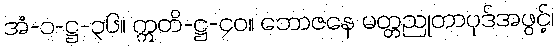
အံ-၁-ဋ္ဌ-၃၆။ ဣတိ-ဋ္ဌ-၄၀။ ဘောဇနေ မတ္တညုတာပုဒ်အဖွင့်၊